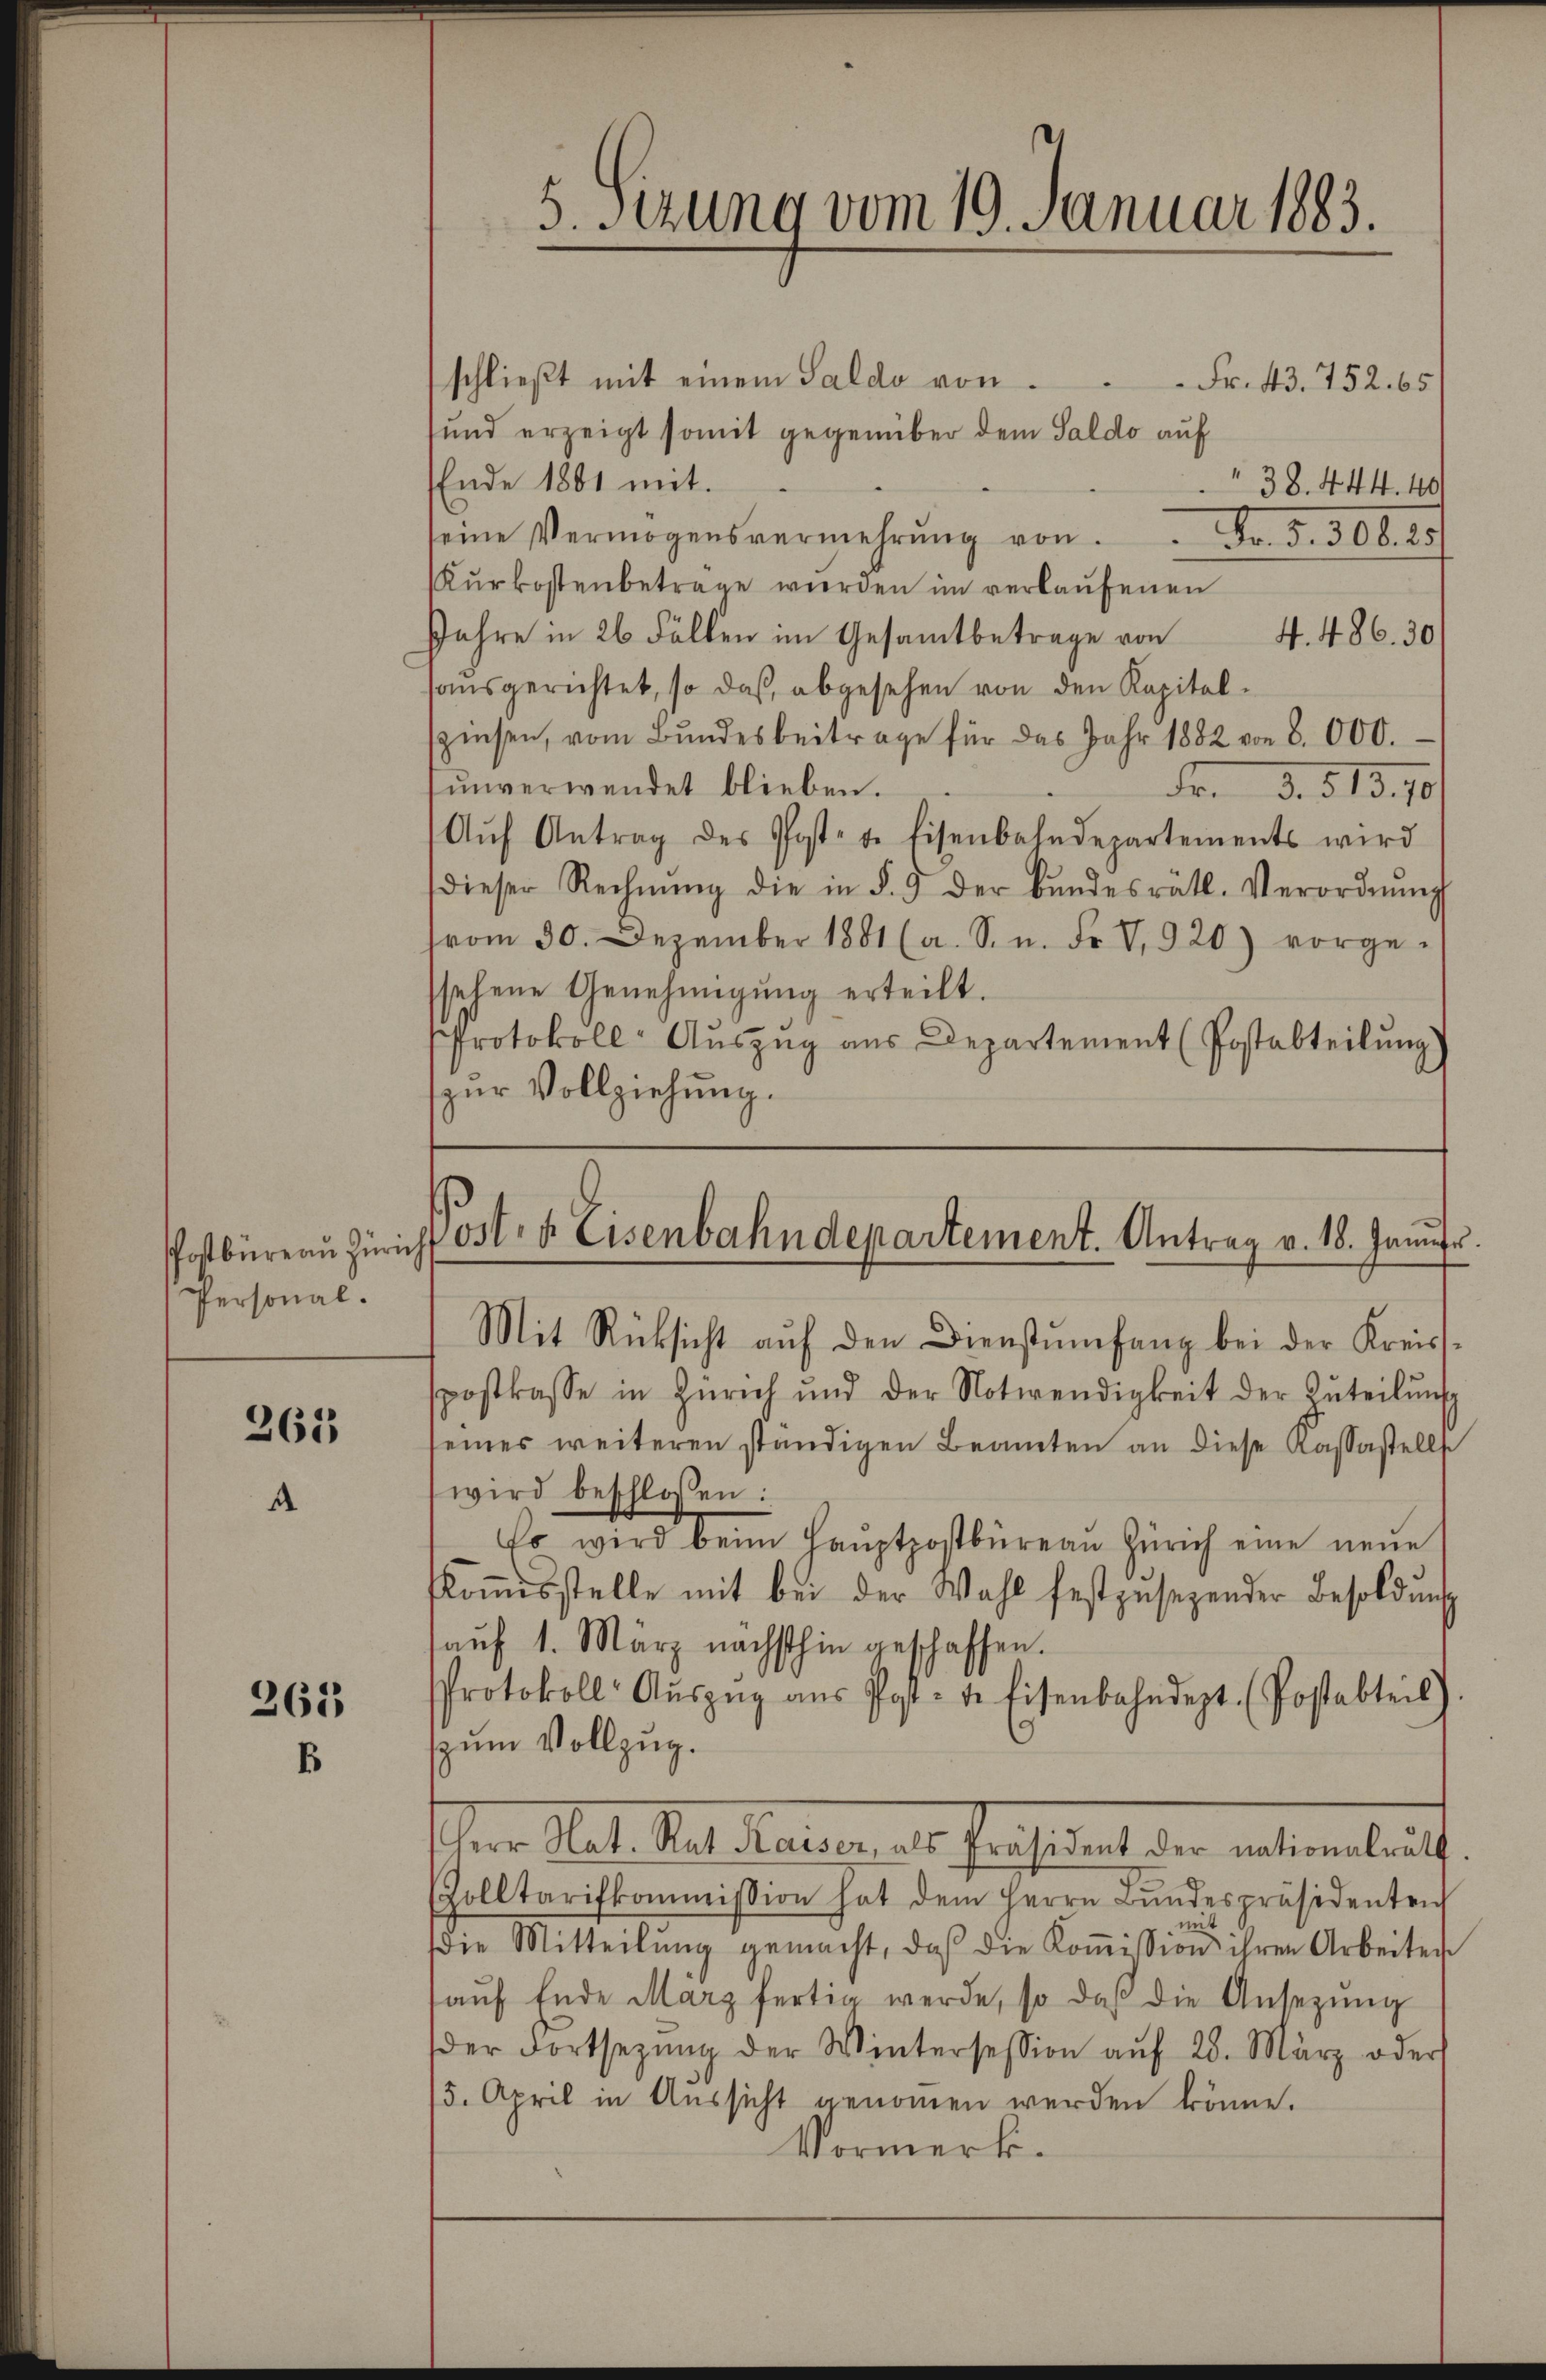
Personal.

261

261
B

schließt mit einem Saldo von
Fr. 43. 752. 65
und erzeigt somit gegenüber dem Saldo auf
Ende 1861 mit
38. 444. 40
seine Vermögensvermehrŭng von Fr. 5. 308. 25.
Kurkostenbetrage wurden im verkaufenen
Jahre in 26 Fällen im Gesamtbetrage von 4. 486. 30
ausgerichtet, so daß abgesehen von den Kapitalzinsen, vom Bundesbeitrage für das Jahr 1882 von 8000.
ŭnverwendet blieben.
Fr. d. 51370/
Aŭf Antrag des Postet. Eisenbahndepartements wird
dieser Rechnŭng die in § 9 der Bŭndesrätl. Verordnŭng
vom 30. Dezember 1881 (a. S. n. Fr. V, 920) vorge-
ssehene Genehmigŭng erteilt.
Protokoll-Auszug aus Departement (Postabteilung)
zur Vollziehung.

5.Stzung vom 19. Januar 1883.

Postbüreaŭ Züricht od. d. Eisenbahndepartement. Antrag v. 18. Janŭfr.
Mit Rücksicht aŭf den Dienstŭmfang bei der Kreis-

spostkasse in Zürich und der Notwendigkeit der Zŭteilŭng
seines weiteren ständigen Beamten an diese Kassastells
wird beschlossen:
Es wird beim Haŭptpostbüreaŭ Zürich eine neŭe
koṁisstelle mit bei der Wahl festzŭsegender Besoldŭngs
aŭf 1. März nächsthin geschaffen.
Protokoll- Aŭszŭg aŭs Post- u. Eisenbahndept. (Postabteil)
zum Vollzug.
Ehere Mal der Regieren des Gestament der entiren benut
Zolltarifkommission hat dem Herrn Bŭndespräsidentrich
mit
(die Mitteilŭng gemacht, daβ die Koṁission ihren Arbeiten
aŭf Ende März fertig werde, so daß die Ansetzŭng
der Fortsetzŭng der Wintersession aŭf 28. März oder
75. April in Aussicht genommen werden könne.
Vormerk.